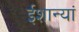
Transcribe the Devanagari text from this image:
ईशान्यां